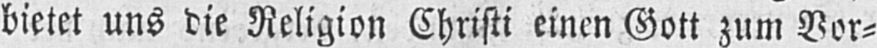
bietet uns die Religion Christi einen Gott zum Vor⸗